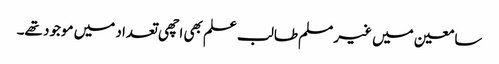
سامعین میں غیر مسلم طالب علم بھی اچھی تعداد میں موجود تھے۔